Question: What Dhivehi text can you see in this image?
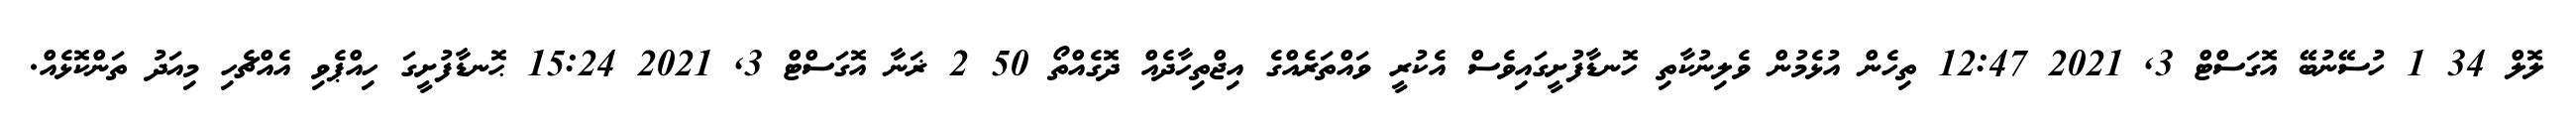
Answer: ލޮލް 34 1 ހުސޭނުބޭ އޮގަސްޓް 3, 2021 12:47 ތިހެން އުޅެމުން ވެލިނުކާތި ހޮނޑާފުށީގައިވެސް އެކުރީ ވައްތަރެއްގެ އިޖްތިހާދެއް ދޮގެއްތޯ 50 2 ޜަނާ އޮގަސްޓް 3, 2021 15:24 ޙޮނޑާފުށީގަ ހިއްޕެވި އެއްޗެހި މިއަދު ތަންކޮޅެއް.